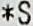
*S